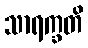
သာရက္ခတိ